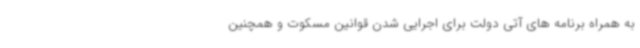
به همراه برنامه های آتی دولت برای اجرایی شدن قوانین مسکوت و همچنین